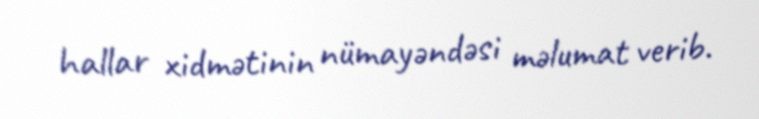
hallar xidmətinin nümayəndəsi məlumat verib.